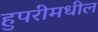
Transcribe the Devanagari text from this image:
हुपरीमधील